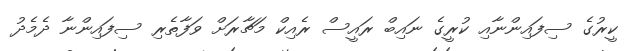
ކީރުގެ ސިފައިންނާއި ކުރީގެ ނައިބް ރައީސް ރެއިކް މަޗާރަށް ވަފާތެރި ސިފައިންނާ ދެމެދު